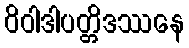
ဝိဝါဒါပတ္တိဒဿနေ